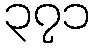
၃၇၁